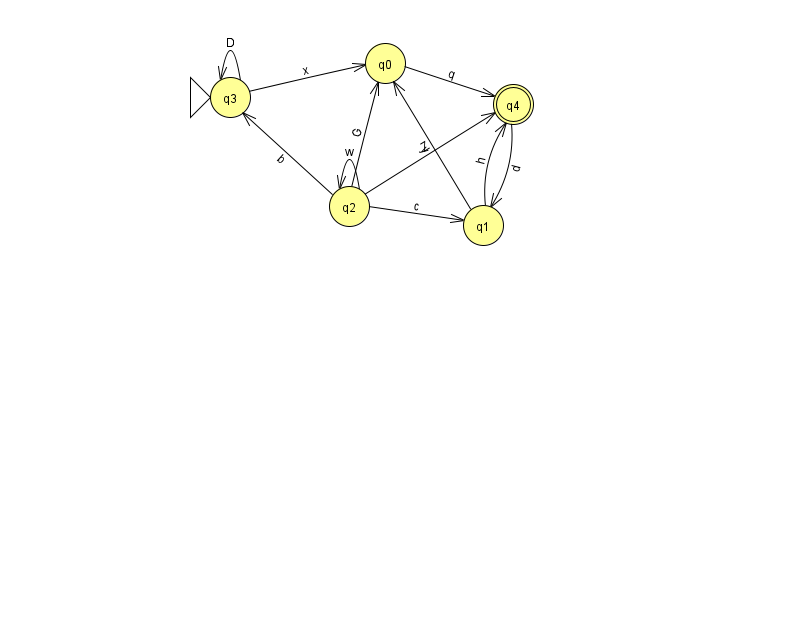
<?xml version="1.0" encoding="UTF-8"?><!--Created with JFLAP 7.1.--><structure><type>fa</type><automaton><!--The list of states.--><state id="0" name="q0"><x>385.0</x><y>50.0</y></state><state id="1" name="q1"><x>483.0</x><y>212.0</y></state><state id="2" name="q2"><x>349.0</x><y>193.0</y></state><state id="3" name="q3"><x>230.0</x><y>84.0</y><initial/></state><state id="4" name="q4"><x>513.0</x><y>91.0</y><final/></state><!--The list of transitions.--><transition><from>2</from><to>1</to><read>c</read></transition><transition><from>2</from><to>3</to><read>b</read></transition><transition><from>3</from><to>0</to><read>x</read></transition><transition><from>3</from><to>3</to><read>D</read></transition><transition><from>1</from><to>0</to><read>y</read></transition><transition><from>4</from><to>1</to><read>d</read></transition><transition><from>2</from><to>2</to><read>w</read></transition><transition><from>1</from><to>4</to><read>h</read></transition><transition><from>2</from><to>0</to><read>G</read></transition><transition><from>2</from><to>4</to><read>Z</read></transition><transition><from>0</from><to>4</to><read>q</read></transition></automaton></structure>